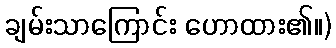
ချမ်းသာကြောင်း ဟောထား၏။)